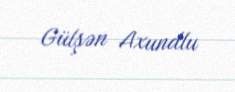
Gülşən Axundlu